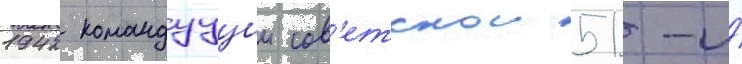
1942 командуущии сов'етскои 51-и́